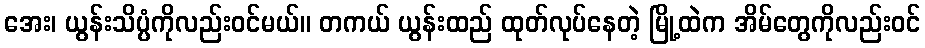
အေး၊ ယွန်းသိပ္ပံကိုလည်းဝင်မယ်။ တကယ် ယွန်းထည် ထုတ်လုပ်နေတဲ့ မြို့ထဲက အိမ်တွေကိုလည်းဝင်